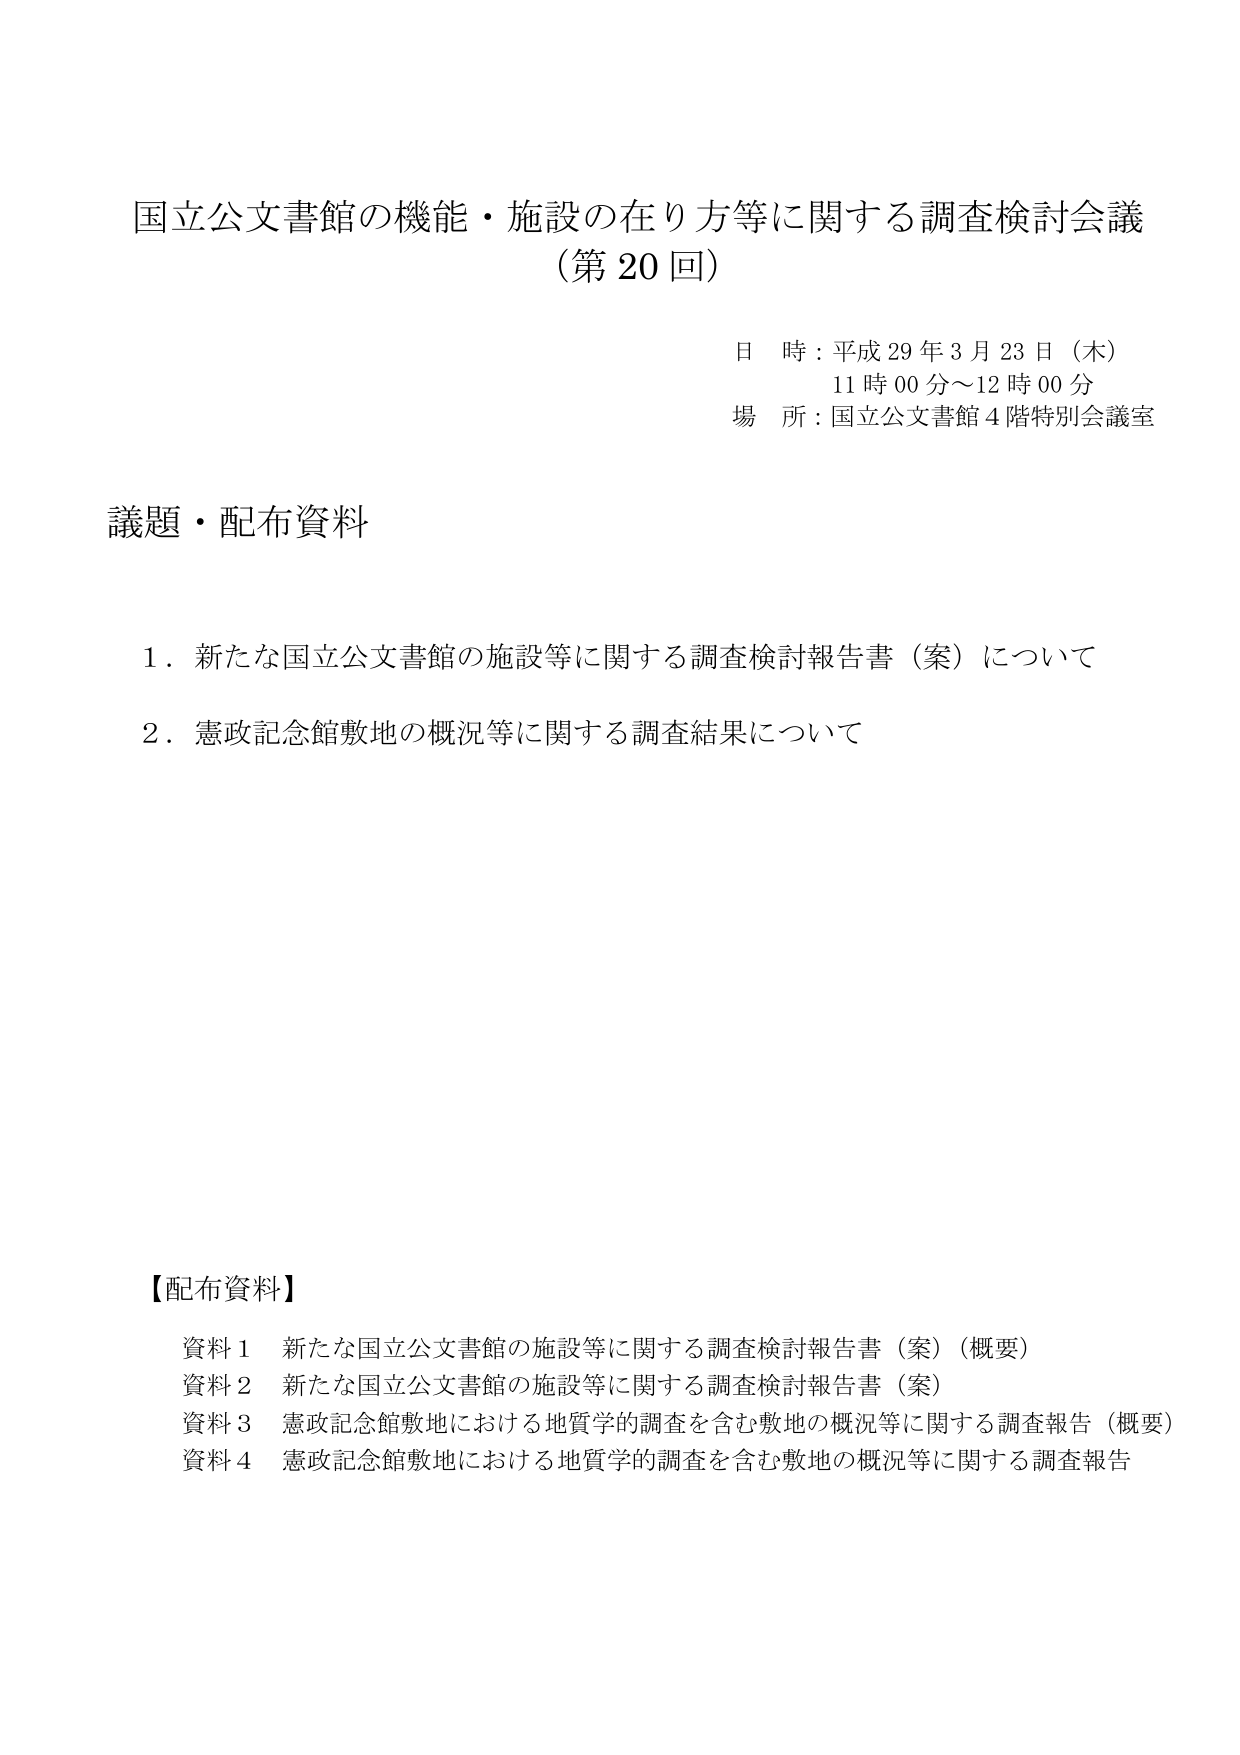
国立公文書館の機能・施設の在り方等に関する調査検討会議
（第20回）

日 時：平成29年3月23日（木）
　　　11時00分～12時00分
場 所：国立公文書館4階特別会議室

議題・配布資料

1．新たな国立公文書館の施設等に関する調査検討報告書（案）について
2．憲政記念館敷地の概況等に関する調査結果について

【配布資料】
資料1　新たな国立公文書館の施設等に関する調査検討報告書（案）（概要）
資料2　新たな国立公文書館の施設等に関する調査検討報告書（案）
資料3　憲政記念館敷地における地質学的調査を含む敷地の概況等に関する調査報告（概要）
資料4　憲政記念館敷地における地質学的調査を含む敷地の概況等に関する調査報告